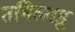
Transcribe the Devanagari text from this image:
तमिलाडू